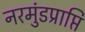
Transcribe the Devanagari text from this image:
नरमुंडप्राप्ति